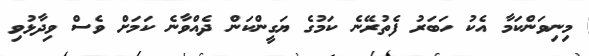
މިނިވަންކަމާ އެކު ހަބަރު ފެތުރޭނެ ކަމުގެ ޔަގީންކަން ދެއްވާނެ ކަމަށް ވެސް ވިދާޅުވި